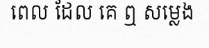
ពេល ដែល គេ ឮ សម្លេង